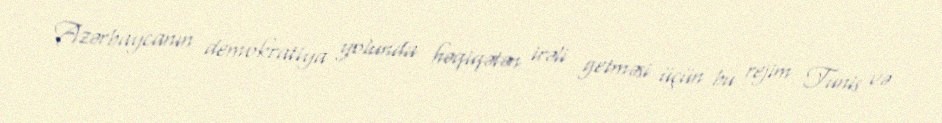
Azərbaycanın demokratiya yolunda həqiqətən irəli getməsi üçün bu rejim Tunis və